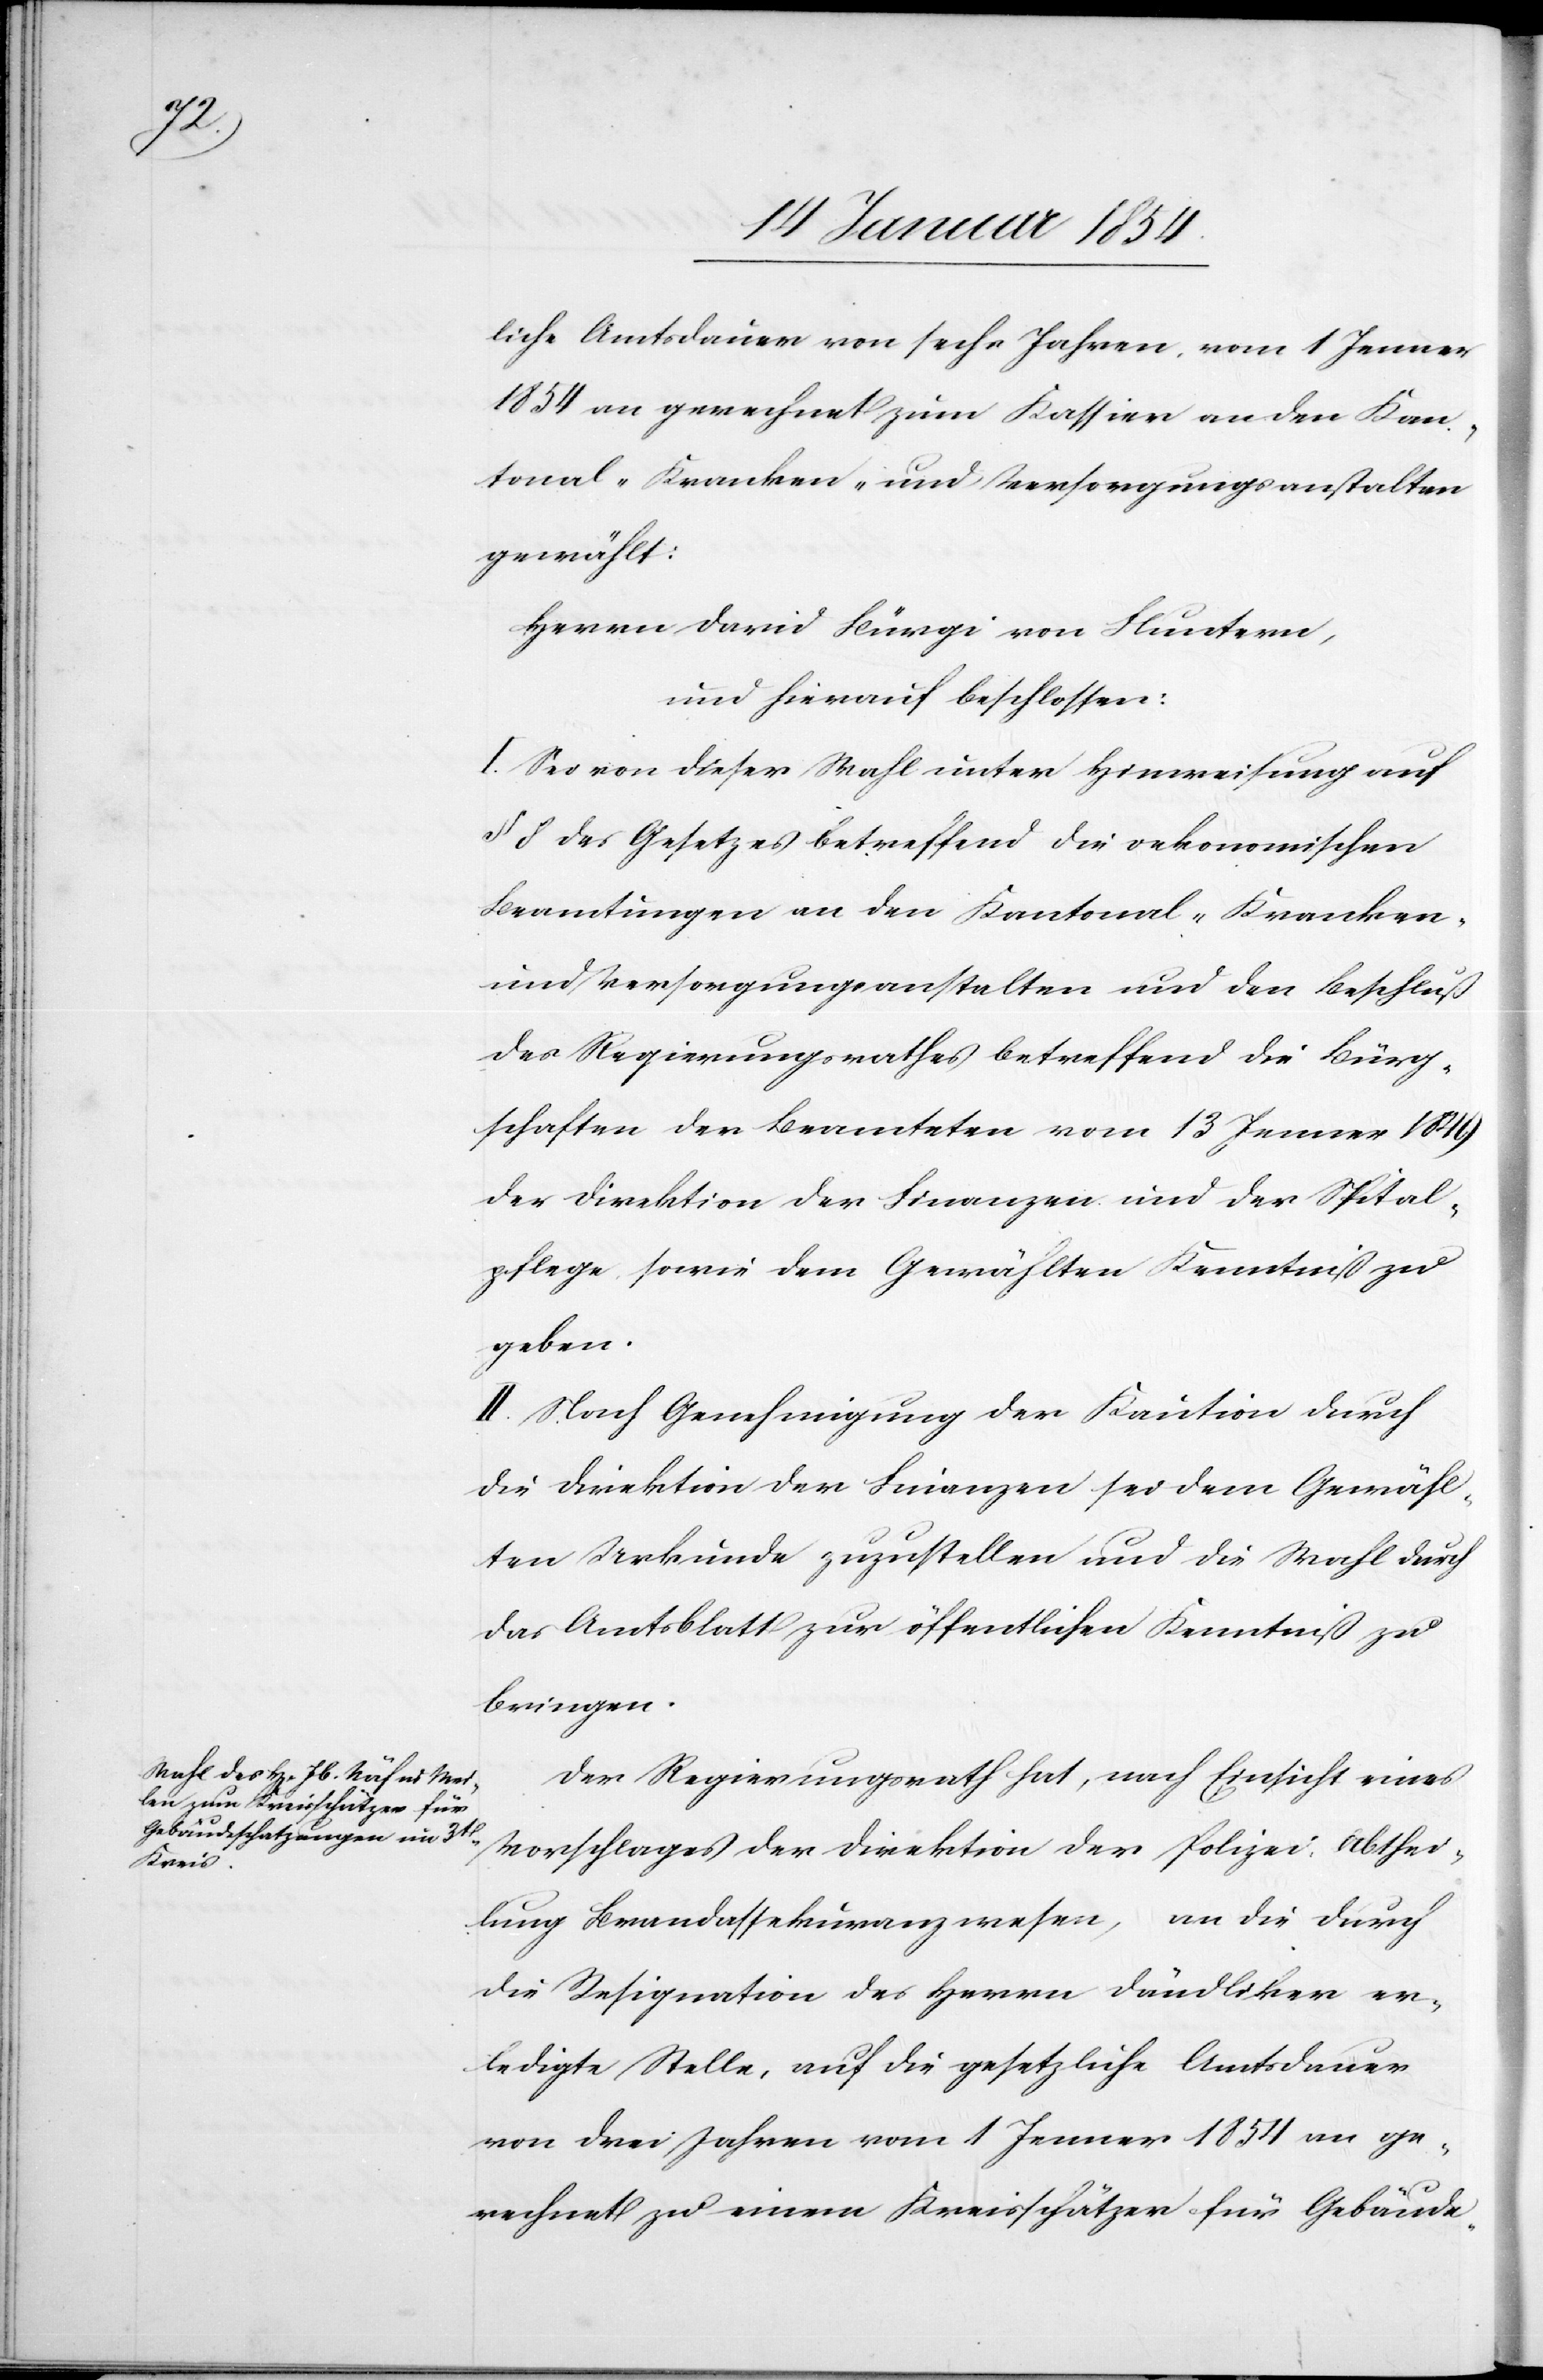
liche Amtsdauer von sechs Jahren, vom 1 Jenner
1854 an gerechnet zum Kassier an den Kan¬
tonal-Kranken- und Versorgungsanstalten
gewählt:
Herrn David Bürgi von Fluntern,
und hierauf beschlossen:
I. Sei von dieser Wahl unter Hinweisung auf
§ 8 des Gesetzes betreffend die oekonomischen
Beamtungen an den Kantonal-Kranken-
und Versorgungsanstalten und den Beschluß
des Regierungsrathes betreffend die Bürg¬
schaften der Beamteten vom 13 Jenner 1849
der Direktion der Finanzen und der Spital¬
pflege, sowie dem Gewählten Kenntniß zu
geben.
II. Nach Genehmigung der Kaution durch
die Direktion der Finanzen sei dem Gewähl¬
ten Urkunde zuzustellen und die Wahl durch
das Amtsblatt zur öffentlichen Kenntniß zu
bringen.
Der Regierungsrath hat, nach Einsicht eines
Vorschlages der Direktion der Polizei, Abthei¬
lung Brandassekuranzwesen, an die durch
die Resignation des Herrn Dändliker er¬
ledigte Stelle, auf die gesetzliche Amtsdauer
von drei Jahren vom 1 Jenner 1854 an ge¬
rechnet zu einem Kreisschätzer für Gebäude-